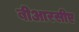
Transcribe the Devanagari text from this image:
बीआरसीए